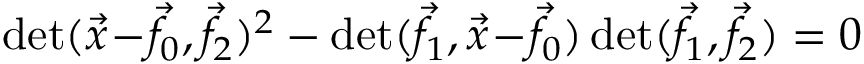
\operatorname* { d e t } ( { \vec { x } } \! - \! { \vec { f } } \! _ { 0 } , { \vec { f } } \! _ { 2 } ) ^ { 2 } - \operatorname* { d e t } ( { \vec { f } } \! _ { 1 } , { \vec { x } } \! - \! { \vec { f } } \! _ { 0 } ) \operatorname* { d e t } ( { \vec { f } } \! _ { 1 } , { \vec { f } } \! _ { 2 } ) = 0